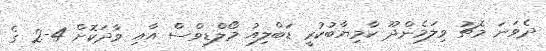
ދެވަނަ މެޗު ވިލަމެންދޫ ކާމިޔާބުކުރީ ޑަބްލިއު މޯލްޑިވްސް އާއި ވާދަކޮށް 4-2 ގެ